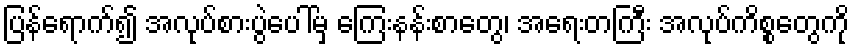
ပြန်ရောက်၍ အလုပ်စားပွဲပေါ်မှ ကြေးနန်းစာတွေ၊ အရေးတကြီး အလုပ်ကိစ္စတွေကို